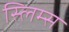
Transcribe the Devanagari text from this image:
स्लिम्स